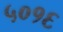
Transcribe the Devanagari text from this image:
५०१६